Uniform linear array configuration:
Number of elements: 12
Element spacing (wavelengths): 0.75
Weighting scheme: uniform
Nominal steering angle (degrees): -45
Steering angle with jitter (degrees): -43.265
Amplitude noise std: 0.05
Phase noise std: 0.05

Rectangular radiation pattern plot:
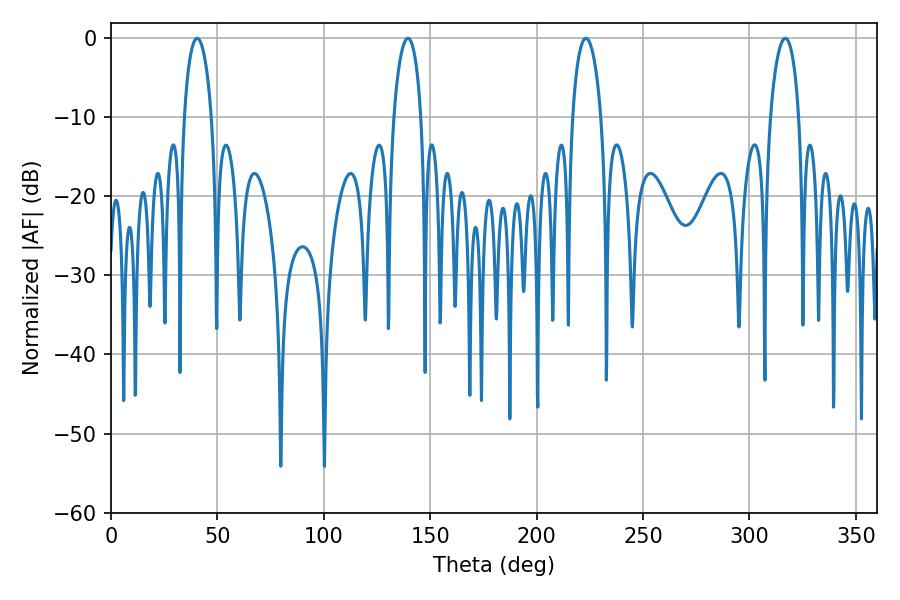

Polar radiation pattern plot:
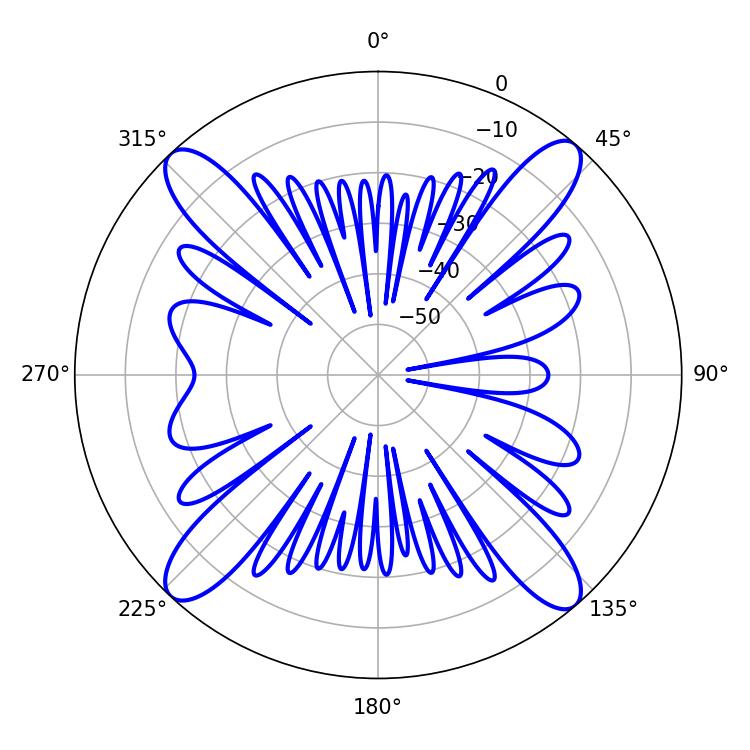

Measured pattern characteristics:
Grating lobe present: TRUE
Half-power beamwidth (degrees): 7.38
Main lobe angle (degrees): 40.5